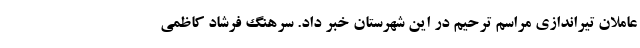
عاملان تیراندازی مراسم ترحیم در این شهرستان خبر داد. سرهنگ فرشاد کاظمی